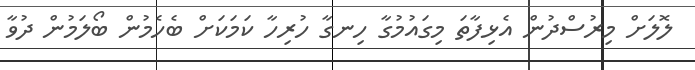
ލޮލަށް މިރުސްދުން އެޅިފާތަ މިގައުމުގާ ހިނގާ ހުރިހާ ކަމަކަށް ބެހެމުން ބޯލަމުން ދުވާ